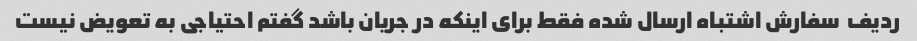
ردیف  سفارش اشتباه ارسال شده فقط برای اینکه در جریان باشد گفتم احتیاجی به تعویض نیست